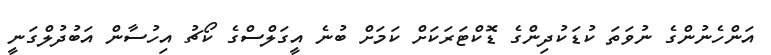
އަންހެނުންގެ ނުވަތަ ކުޑަކުދިންގެ ޑޮކްޓަރަކަށް ކަމަށް ބުނެ އީގަލްސްގެ ކޯޗު އިހުސާން އަބުދުލްގަނީ